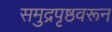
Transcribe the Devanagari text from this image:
समुद्रपृष्ठवरून